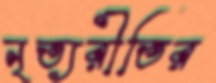
নৃত্যরীতির